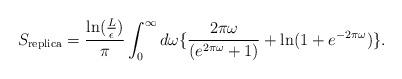
LaTeX: \begin{align*}S_{\rm replica} = {{\rm ln}({L\over\epsilon})\over\pi}\int_0^\infty d\omega \{{2\pi\omega\over(e^{2\pi\omega}+1)}+{\rm ln}(1+e^{-2\pi\omega})\}.\end{align*}